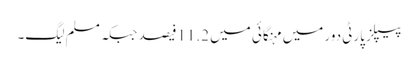
پیپلز پارٹی دور میں مہنگائی میں 11.2فیصد جبکہ مسلم لیگ۔